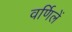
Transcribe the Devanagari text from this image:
वर्णिलें